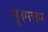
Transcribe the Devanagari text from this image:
सूक्ष्मत्तम